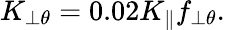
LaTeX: K_{\perp\theta}=0.02K_{\parallel}f_{\perp\theta}.